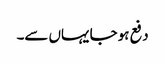
دفع ہو جا یہاں سے۔